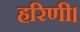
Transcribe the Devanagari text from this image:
हरिणी।